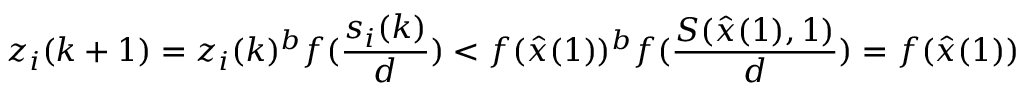
z _ { i } ( k + 1 ) = z _ { i } ( k ) ^ { b } f ( \frac { s _ { i } ( k ) } { d } ) < f ( \hat { x } ( 1 ) ) ^ { b } f ( \frac { S ( \hat { x } ( 1 ) , 1 ) } { d } ) = f ( \hat { x } ( 1 ) )